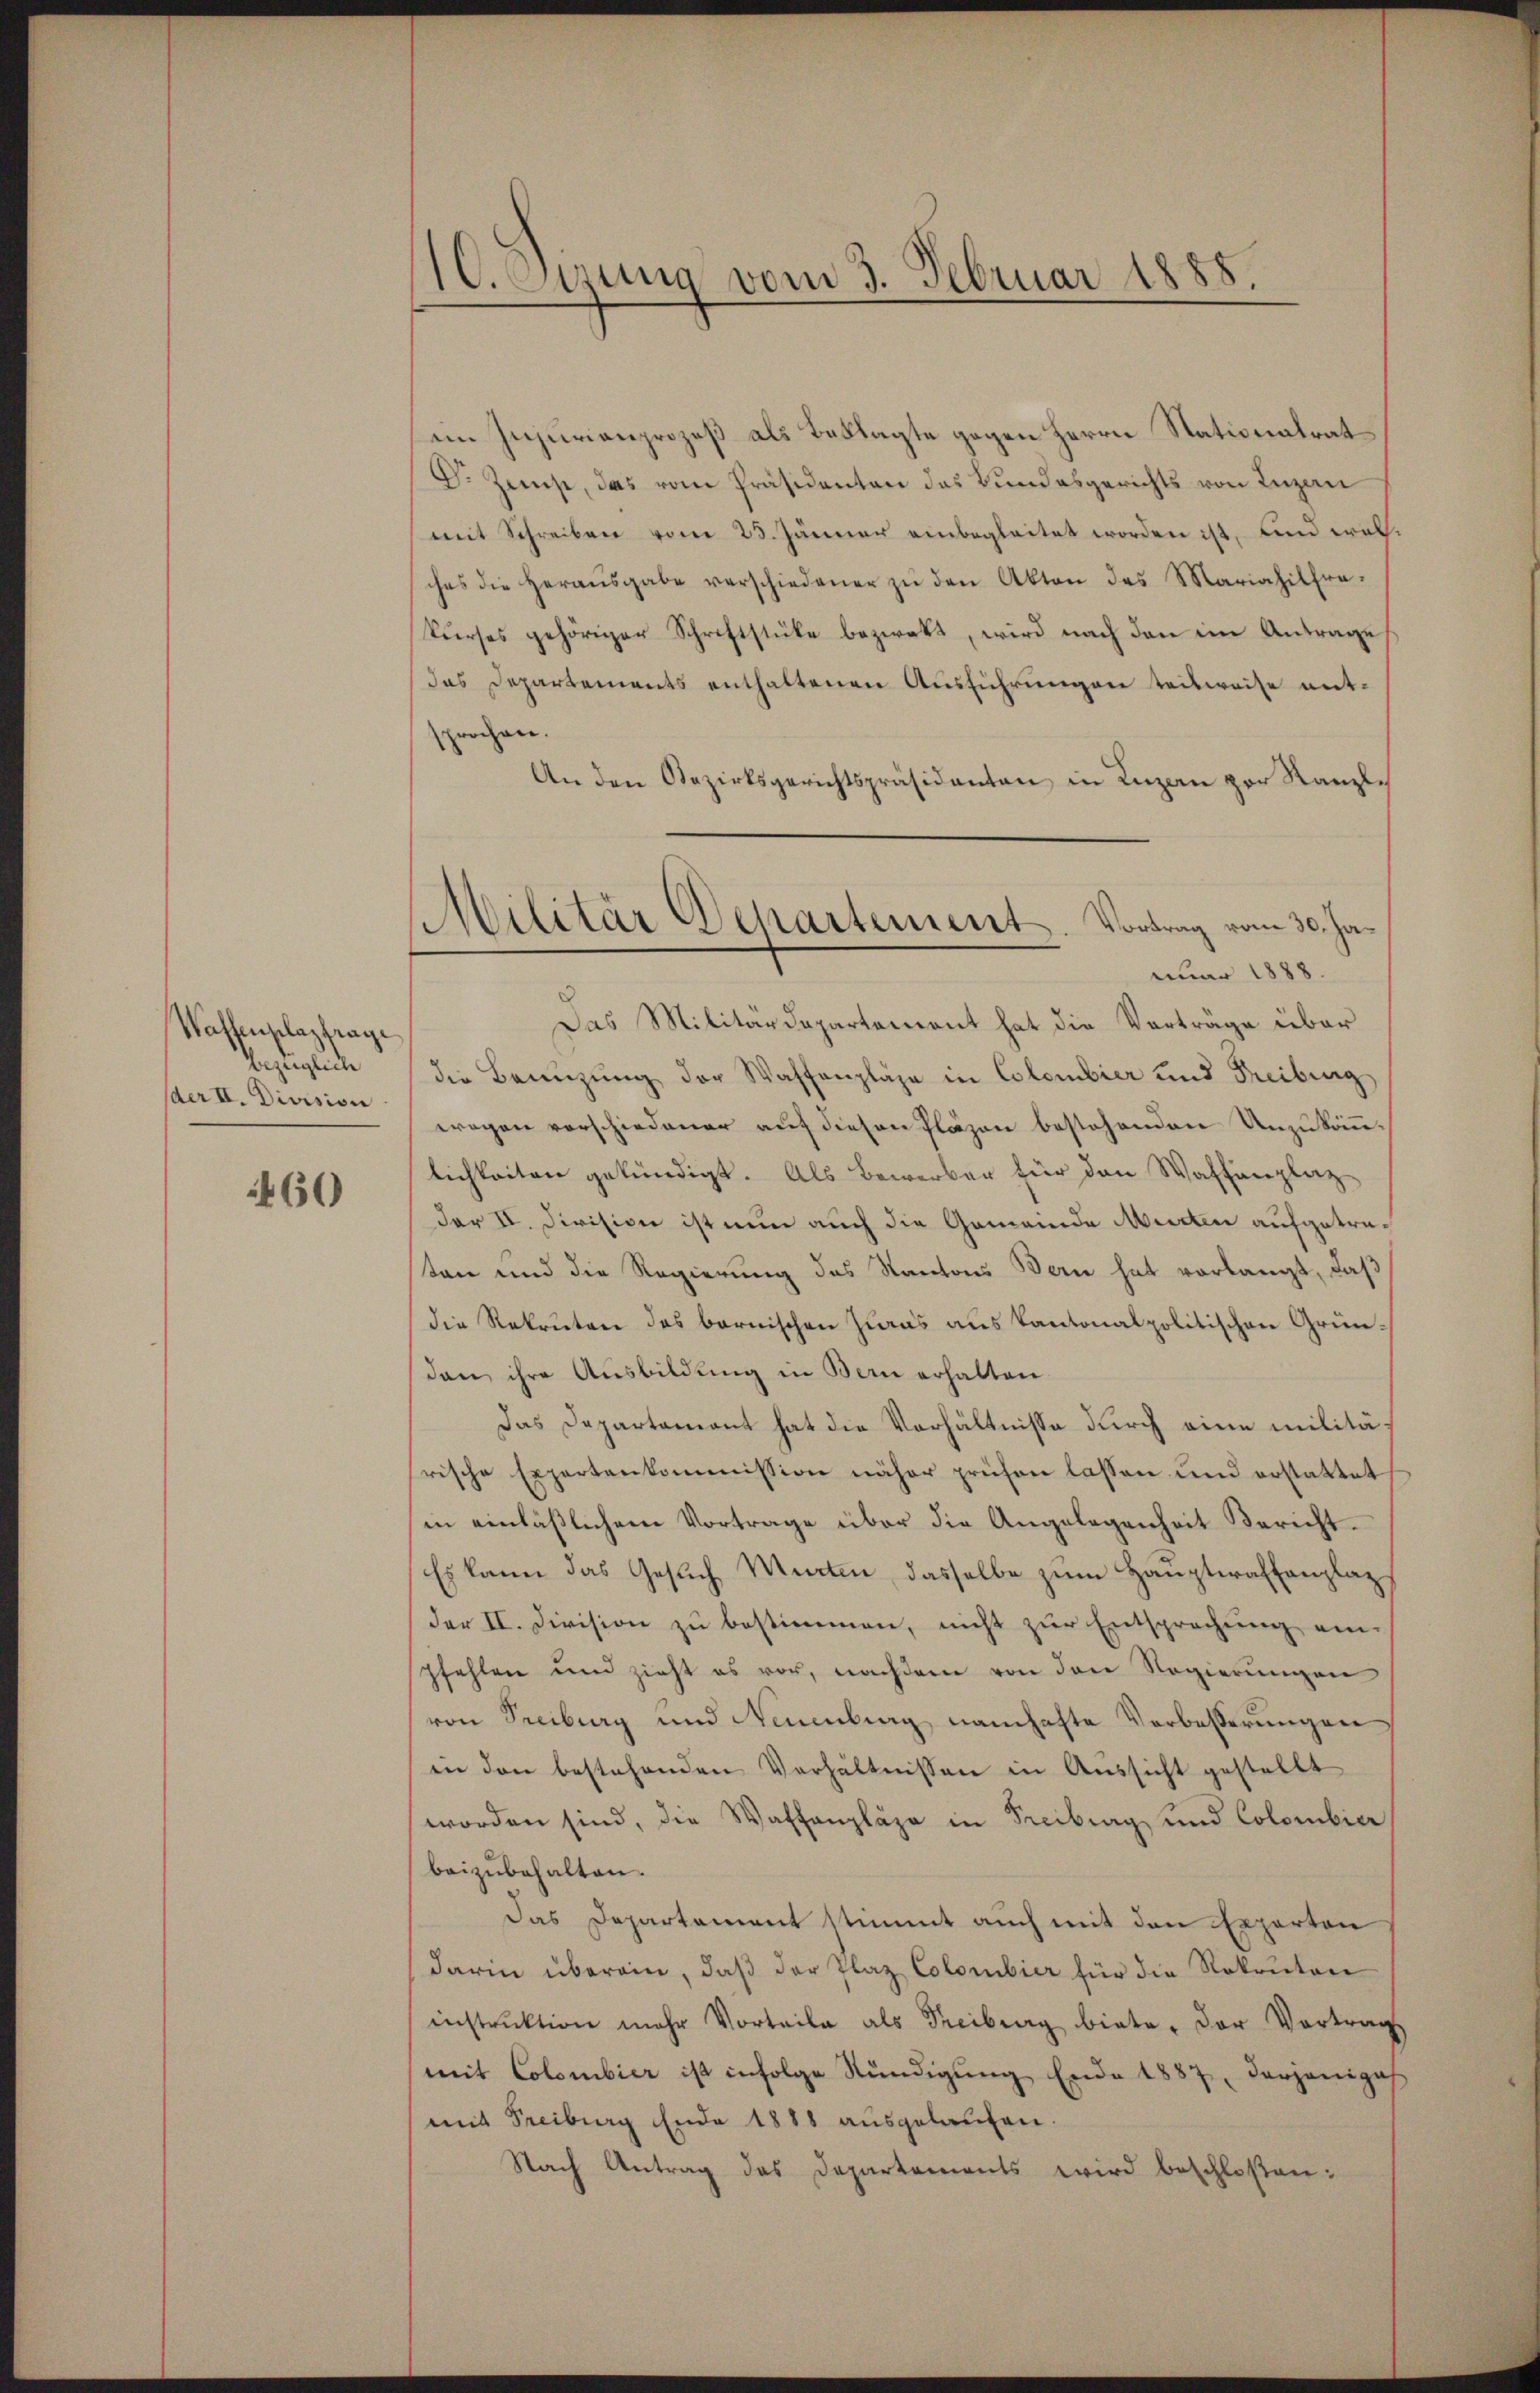
Waffenplazfrage
bezüglich
(der II. Division

460

10. Eisung vom 3. Februar 1888

Militär Departement. Vortrag vom 30. Januar 1888.

im Injurienprozeß als Beklagte gegen Herrn Stationalrat
Dr Zese, das vom Präsidenten das Bundesgerichts von Luzern
mit Schreiben vom 23. Jänner einbegleitet worden ist, und welches die Heraŭsgabe verschiedener zŭ den Akten des Mariahilfra-
kŭrses gehöriger Schriftstücke bezwakt, wird nach den im Antrage
das Departements enthaltenen Ausführungen teilweise ent-
sprochen.
An den Bezirksgerichtspräsidanten in Luzern zur Kanzl¬
Das Militärdepartement hat die Vorträge über
die Benuzung der Waffenpläge in Colombier und Freiburg
wegen vorschiedener auf diesen Pläzen bestehenden Unzukomlichkeiten gekündigt. Als Bewerben für den Waffenplaz
dar IV. Division ist nun auch die Gemeinde Murten aufgetraten und die Regierung des Kantons Bern hat vorlangt, daß
die Rekruten des bernischen Zwas aus Kantonalpolitischen Gründann ihre Ausbildung in Bern erhalten.
Das Departament hat die Verhältnisse durch eine militärische Expertenkommission näher prüfen lassen und erstattet
in einläßlichem Vortrage über die Angelegenheit Bericht.
Es kann das Gesuch Murten dasselbe zum Hauptwaffenplaz
der II. Division zu bestimmen, nicht zur Entsprechung einpfehlen und zieht es vor, nachdem von den Regierungen
von Treiburg und Neuenburg namhafte Verbeßerungen
in den bestehenden Verhältnissen in Aussicht gestellt
worden sind, die Waffenpläge in Freibung und Colombier
beizubehalten.
Das Departement stimmt auch mit den Experten
darin überein, daβ der Plaz Colombier für die Rokonton
instrŭktion mehr Vorteile als Treiburg biete. Der Vortrag
mit Colombier ist infolge Kündigung Ende 1887, derjeniges
mit Freiburg Ende 1888 ausgelaufen.
Nach Antrag des Departements wird beschloßen: